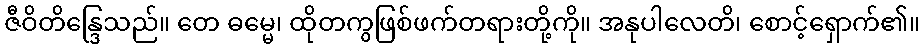
ဇီဝိတိန္ဒြေသည်။ တေ ဓမ္မေ၊ ထိုတကွဖြစ်ဖက်တရားတို့ကို။ အနုပါလေတိ၊ စောင့်ရှောက်၏။